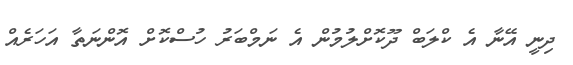
ދިނީ އޭނާ އެ ކްލަބް ދޫކޮށްލުމުން އެ ނަމްބަރު ހުސްކޮށް އޮންނަތާ އަހަރެއް